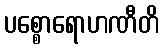
ပစ္စောရောဟဏီတိ